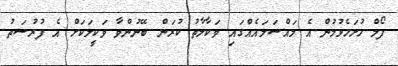
ފޯމް ހުށަހެޅުމުން އެ މައްސަލައެއްގައި ވަކާލާތު ކުރަން ބޭނުންވާ ވަކީލަކަށް އެ ފުރުސަތު